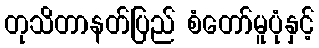
တုသိတာနတ်ပြည် စံတော်မူပုံနှင့်